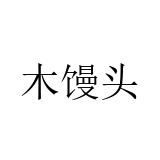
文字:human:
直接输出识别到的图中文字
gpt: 木馒头